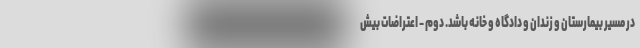
در مسیر بیمارستان و زندان و دادگاه و خانه باشد. دوم - اعتراضات بیش